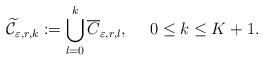
LaTeX: \begin{align*}\widetilde{\mathcal C}_{\varepsilon, r, k} := \bigcup_{l=0}^k \overline{C}_{\varepsilon, r, l}, ~~~~ 0 \leq k \leq K + 1.\end{align*}